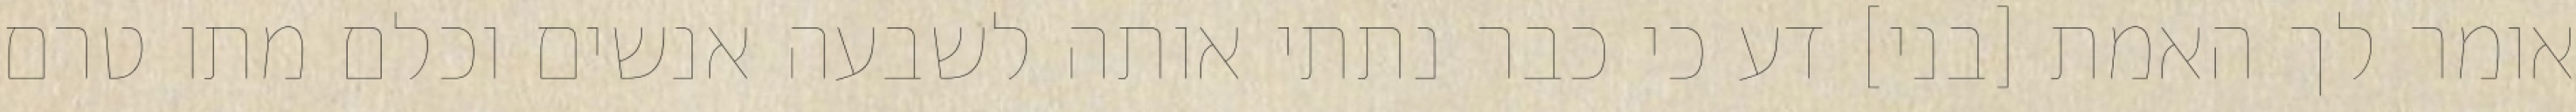
אומר לך האמת [בני] דע כי כבר נתתי אותה לשבעה אנשים וכלם מתו טרם